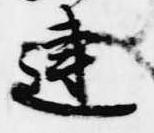
違